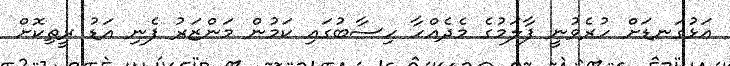
އަޅުގަނޑަށް ހުރެވުނީ ފާލަމުގެ މެދެއްހާ ހިސާބުގައި ކަމުން މަންޒަރު ފެނި އަޑު ރީތިކޮށް